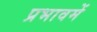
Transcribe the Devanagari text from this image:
प्रभावमें